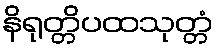
နိရုတ္တိပထသုတ္တံ